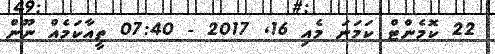
22 ކޮމެންޓް ކަމަނަ މެއި 16